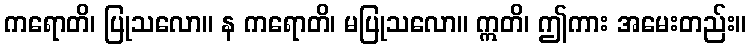
ကရောတိ၊ ပြုသလော။ န ကရောတိ၊ မပြုသလော။ ဣတိ၊ ဤကား အမေးတည်း။